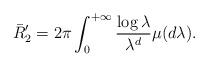
LaTeX: \begin{align*}\bar R_2'=2\pi\int_0^{+\infty} \frac{\log\lambda}{\lambda^d}\mu(d\lambda).\end{align*}